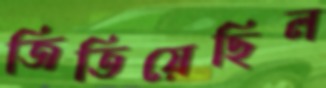
জিতিয়েছিল